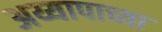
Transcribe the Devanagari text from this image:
अय्यापाच्या